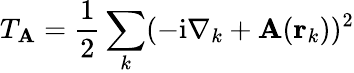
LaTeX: T_{\mathbf{A}}=\frac{1}{2}\sum_{k}(-\mathrm{i}\nabla_{k}+\mathbf{A}(\mathbf{r}_{k}))^{2}